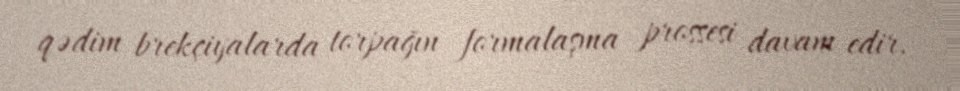
qədim brekçiyalarda torpağın formalaşma prossesi davam edir.